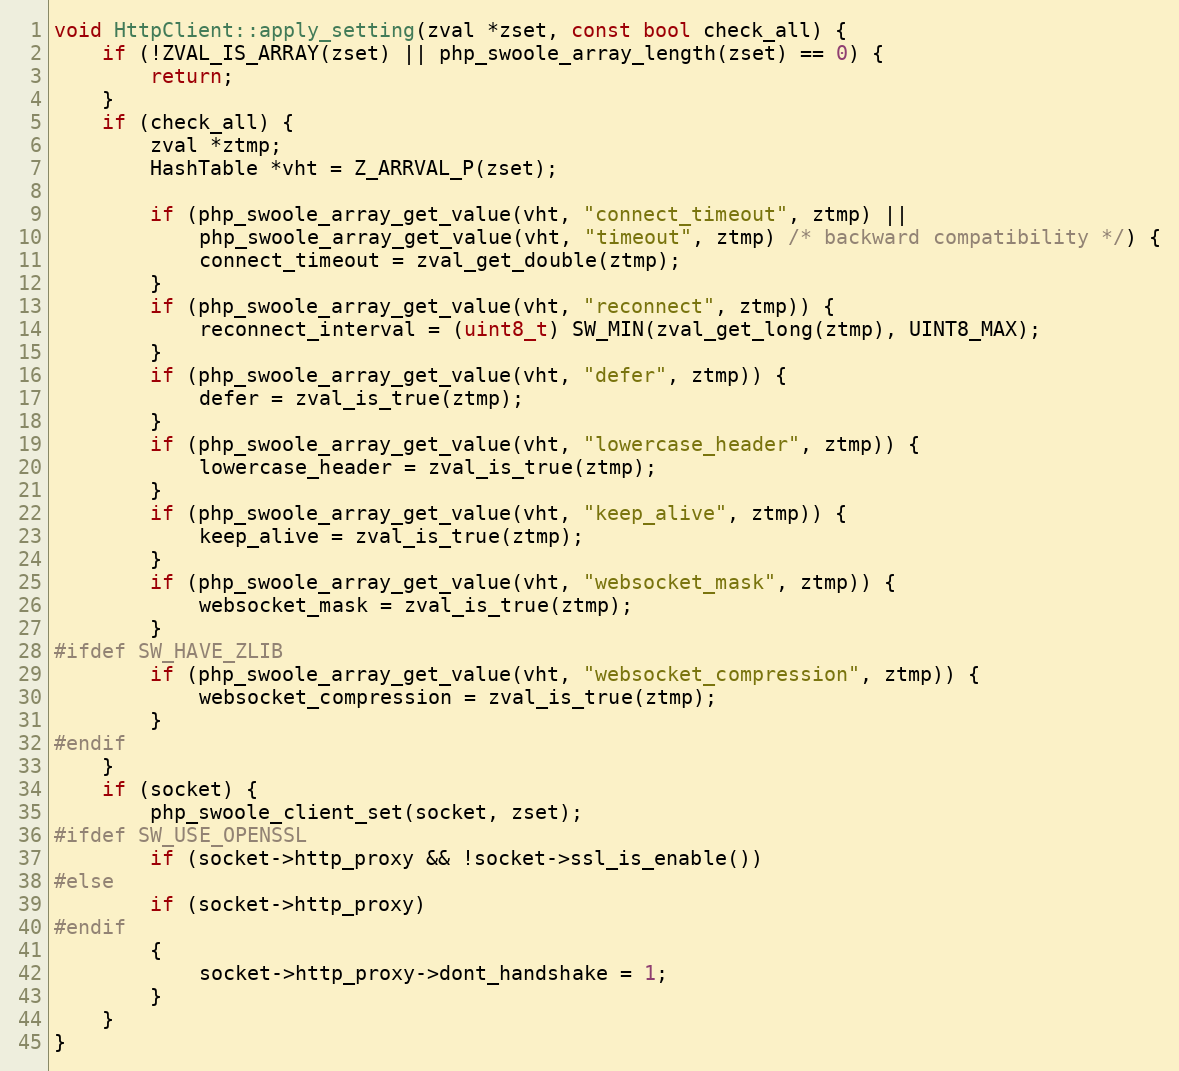
Language: C++
void HttpClient::apply_setting(zval *zset, const bool check_all) {
    if (!ZVAL_IS_ARRAY(zset) || php_swoole_array_length(zset) == 0) {
        return;
    }
    if (check_all) {
        zval *ztmp;
        HashTable *vht = Z_ARRVAL_P(zset);

        if (php_swoole_array_get_value(vht, "connect_timeout", ztmp) ||
            php_swoole_array_get_value(vht, "timeout", ztmp) /* backward compatibility */) {
            connect_timeout = zval_get_double(ztmp);
        }
        if (php_swoole_array_get_value(vht, "reconnect", ztmp)) {
            reconnect_interval = (uint8_t) SW_MIN(zval_get_long(ztmp), UINT8_MAX);
        }
        if (php_swoole_array_get_value(vht, "defer", ztmp)) {
            defer = zval_is_true(ztmp);
        }
        if (php_swoole_array_get_value(vht, "lowercase_header", ztmp)) {
            lowercase_header = zval_is_true(ztmp);
        }
        if (php_swoole_array_get_value(vht, "keep_alive", ztmp)) {
            keep_alive = zval_is_true(ztmp);
        }
        if (php_swoole_array_get_value(vht, "websocket_mask", ztmp)) {
            websocket_mask = zval_is_true(ztmp);
        }
#ifdef SW_HAVE_ZLIB
        if (php_swoole_array_get_value(vht, "websocket_compression", ztmp)) {
            websocket_compression = zval_is_true(ztmp);
        }
#endif
    }
    if (socket) {
        php_swoole_client_set(socket, zset);
#ifdef SW_USE_OPENSSL
        if (socket->http_proxy && !socket->ssl_is_enable())
#else
        if (socket->http_proxy)
#endif
        {
            socket->http_proxy->dont_handshake = 1;
        }
    }
}